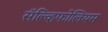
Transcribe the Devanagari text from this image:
सॅल्व्हिफोलियम